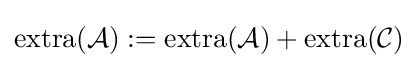
\mathrm {extra} ({\mathcal {A}}):=\mathrm {extra} ({\mathcal {A}})+\mathrm {extra} ({\mathcal {C}})